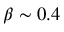
\beta \sim 0 . 4